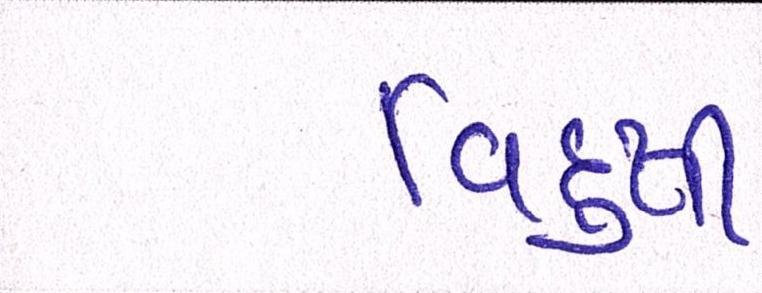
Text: વિદુષી